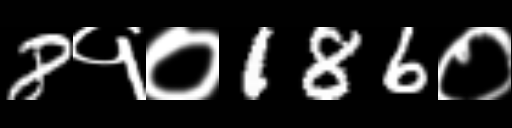
Text: 8१०186०